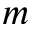
m